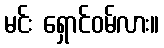
မင်း ရှောင်ဝမ်လား။